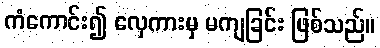
ကံကောင်း၍ လှေကားမှ မကျခြင်း ဖြစ်သည်။